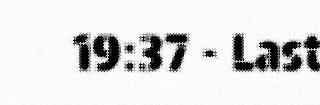
19:37 - Last